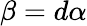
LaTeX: \beta=d\alpha